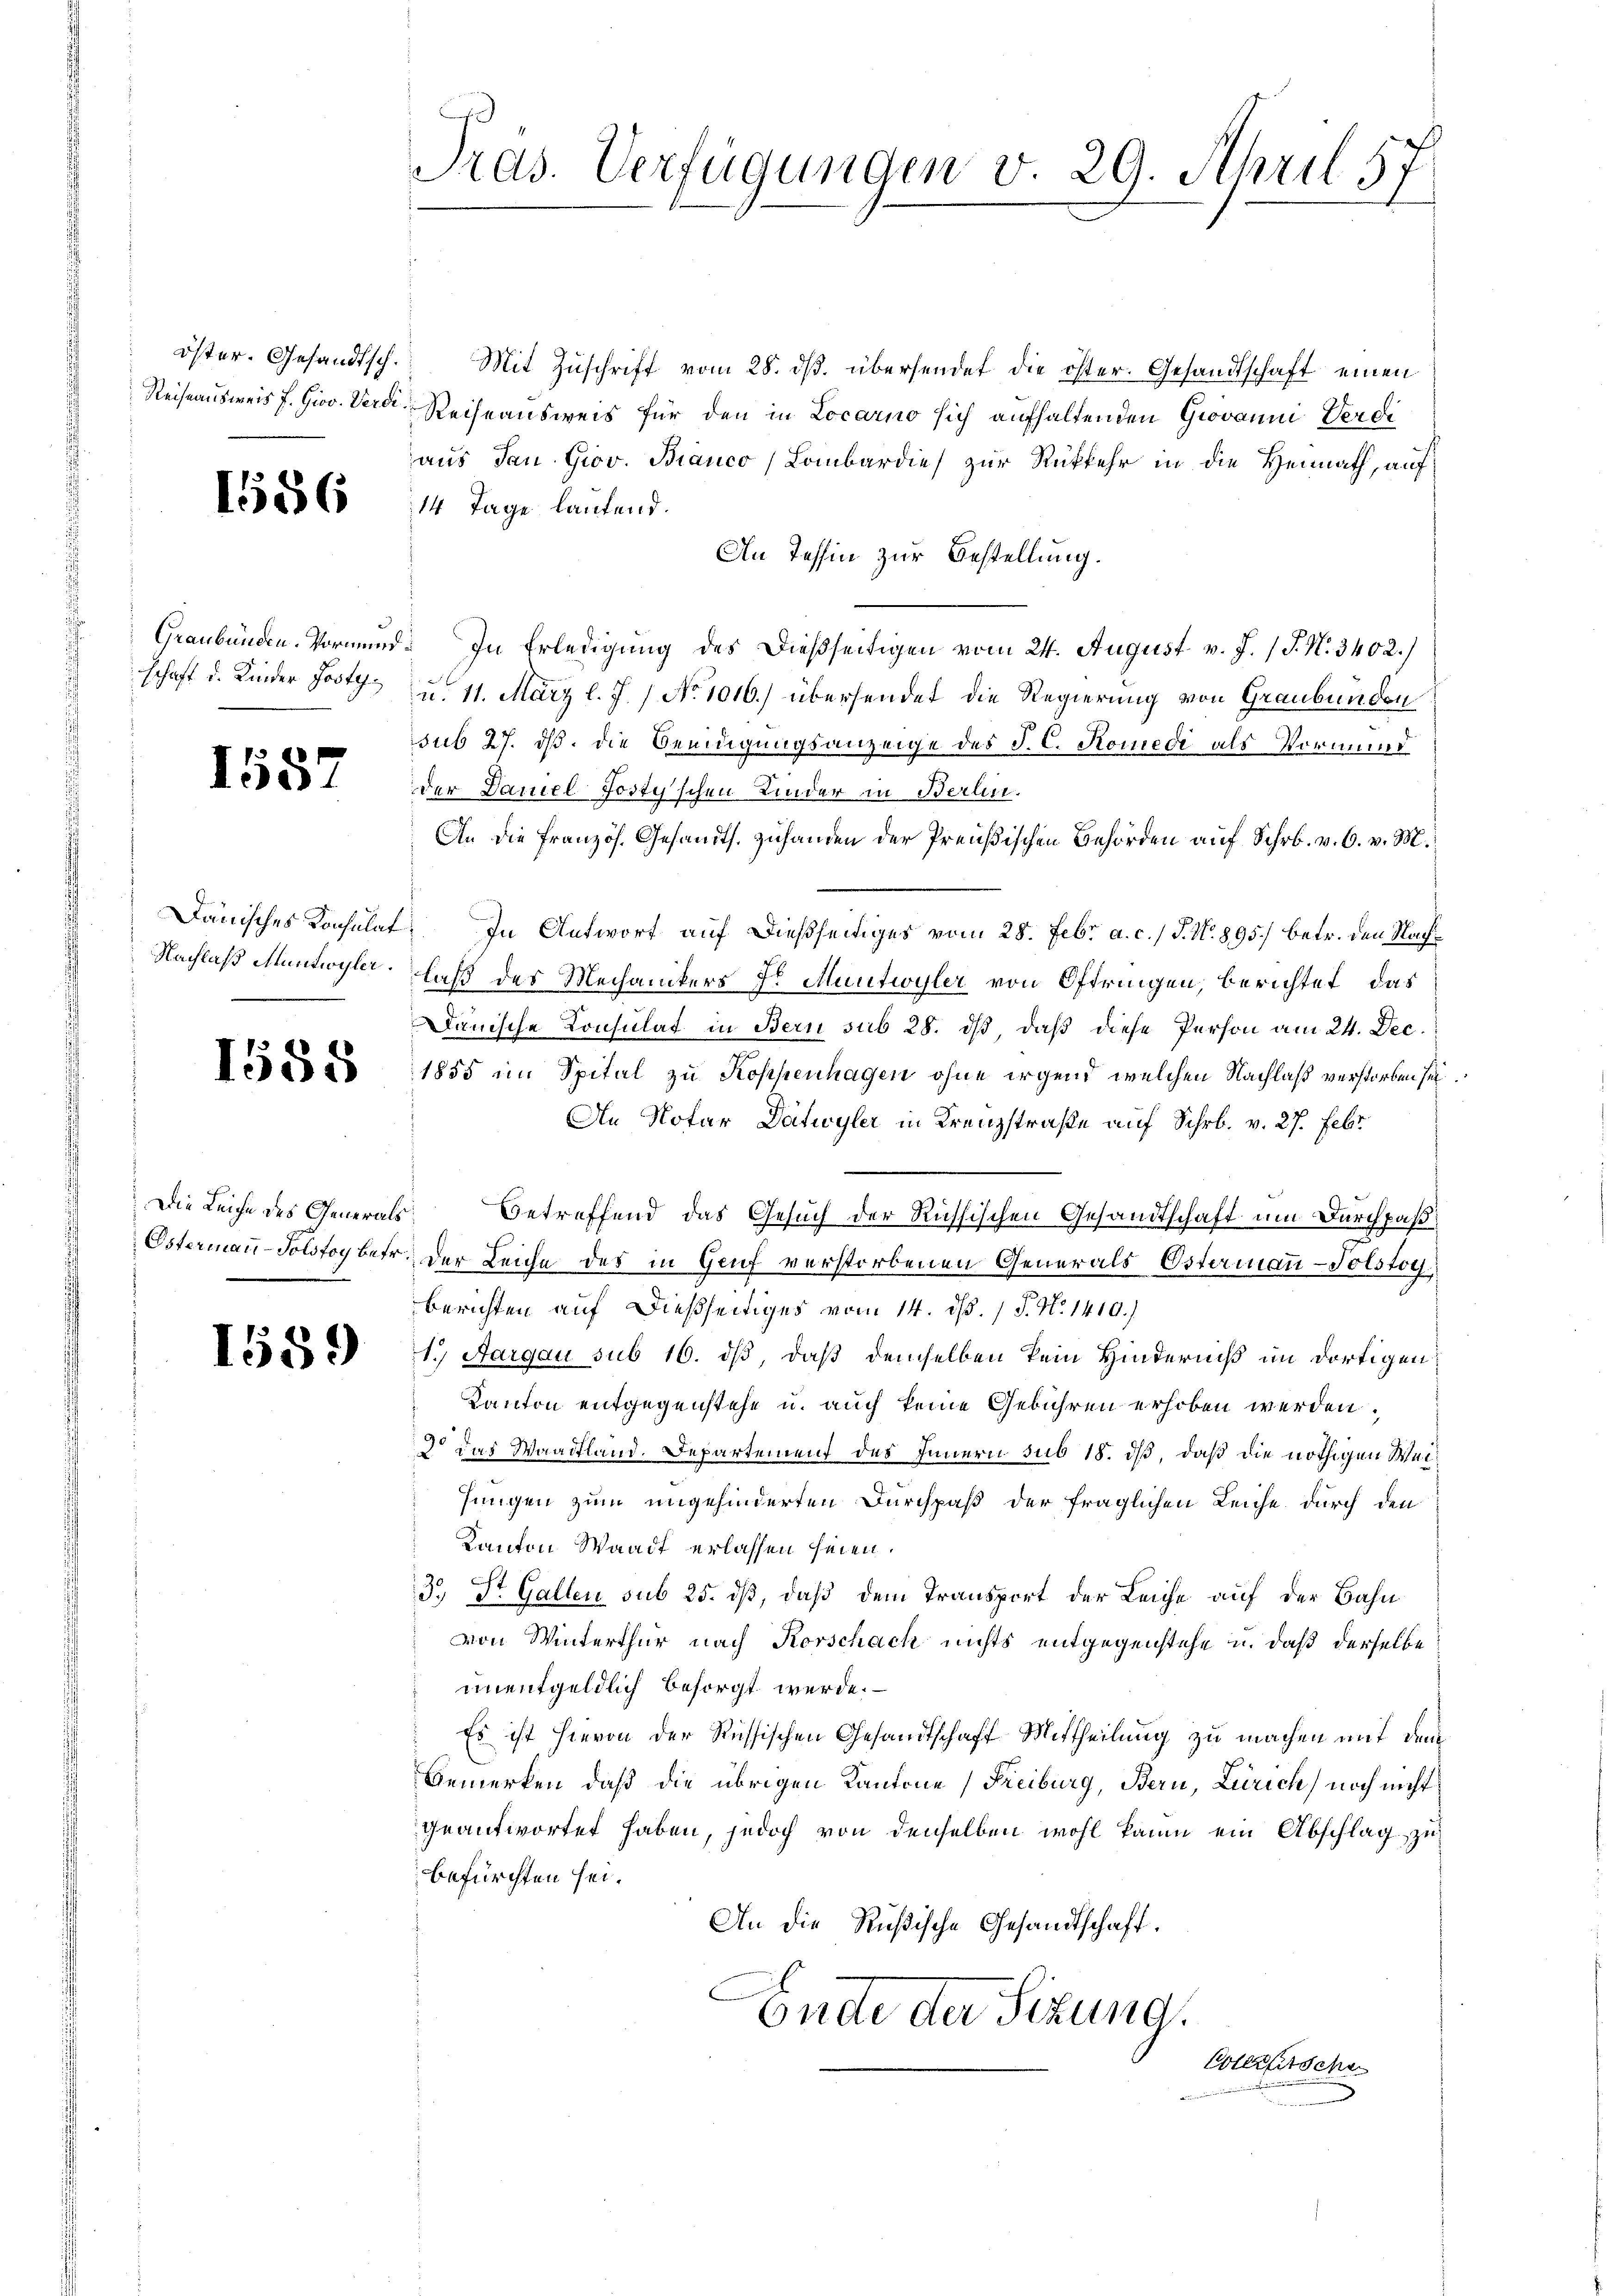
1557

Die Leiche des Generals

Pras. Verfügungen v. 29. April 5

öster. Gesandtsch. Mit Zŭschrift vom 28. dβ. übersendet die öster. Gesandtschaft einen
Reiseausweis f. Giov. Verde Reiseausweis für den in Locarno sich aufhaltenden Giovanni Verdi
aus dan Giov. Bianco Lombardies zur Rückkehr in die Heimath, auf
186. 14 Tage lautend.
An Tessin zur Bestellung.
Graubünden. Vormund. In Erledigung des dießseitigen vom 24. August v. J. J. N. 3402.)
schaft d. Kinder Josty u. 11. März l. J. / No 1016.) übersendet die Regierung von Graubünden
sub 27. dß. die Beeidigungsanzeige des J. C. Komedi als Vormund
der Daniel Posty'schen Kinder in Berlin.
An die Französ. Gesandts. Zuhanden der Preußischen Behörden auf Schr. v. 6. v. M.
Dänisches Konsulat. In Antwort auf dießseitiges vom 28. Febr. a. c.) J. N. 895. betr. den Nach¬
Nachlaß Muntwyler, daß des Mechanikers Dr Muntwyler von Oftringen, berichtet, das
anische Konsulat in Bern sub 28. dß, daß diese Person am 24. Dec.
Lopedes 1855 im Spital zu Koppenhagen ohne irgend welchen Nachlaß verstorben sei
An Notar Datwyler in Krenzstraße auf Schrb. v. 27. Febr
Betreffend das Gesuch der Richsischen Gesandtschaft um Durchpaß
Ostermaṅ-Solsfog betr. der Leiche des in Genf verstorbenen Generals Estermann-Tolstog
berichten auf dießseitiges vom 14. dß. / P. N. 1410.)
Ceder ad 1. Aargau sub 16. ds, daß demselben kein Hinderniß im dortigen
Kanton entgegenstehe u. auch keine Gebühren erhoben werden.
do das Waadtland. Departement des Innern sub 18. dß, daß die nöthigen Wei¬
Jungen zum ungehinderten Durchpaß der fraglichen Leiche durch den
Kanton Waadt erlassen seien.
3.) Dr. Gallen sub 25. dß, daß dem Transport der Leiche auf der Bahn
von Winterthur nach Korschach nichts entgegenstehe u. daß derselbe
unentgeldlich besorgt werde.
Es ist hievon der Russischen Gesandtschaft Mittheilung zu machen mit dem
Bemerken, daß die übrigen Kantone (Freiburg, Bern, Zürich noch nicht
geantwortet haben, jedoch von denselben wohl kaum ein Abschlag zu
befürchten sei¬
An die Rußische Gesandtschaft.
Ende der Sizung.
Colereitschen